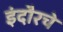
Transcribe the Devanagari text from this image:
इंदौरचे